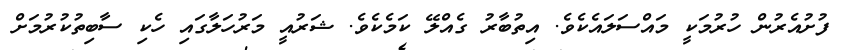
ފުށުއެރުން ހުރުމަކީ މައްސަލައެކެވެ. އިތުބާރު ގެއްލޭ ކަމެކެވެ. ޝަރުއީ މަރުހަލާގައި ހެކި ސާބިތުކުރުމަށް